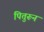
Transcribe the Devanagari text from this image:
पितुरून